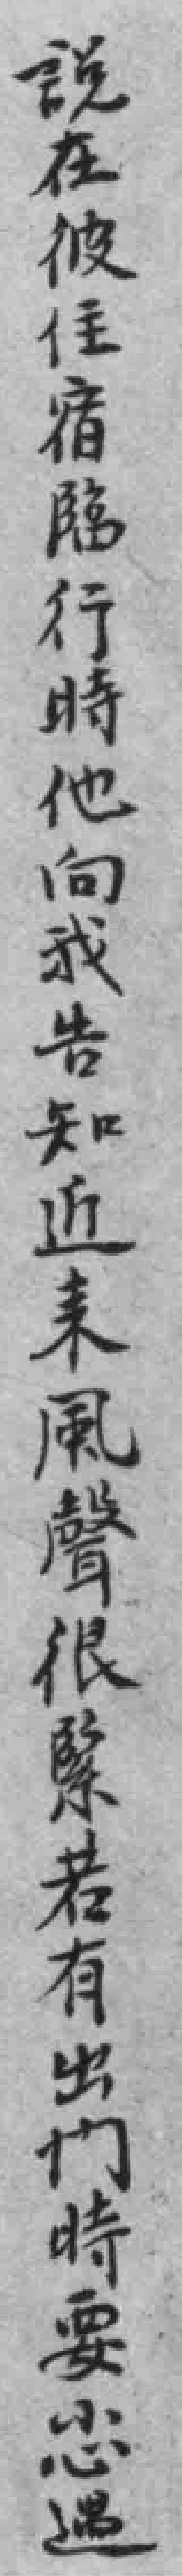
說在彼住宿临行時他向我告知近来風聲很緊若有出门時要小心遇